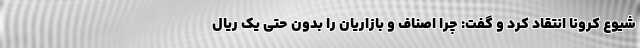
شیوع کرونا انتقاد کرد و گفت: چرا اصناف و بازاریان را بدون حتی یک ریال